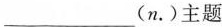
___(n.)主题